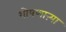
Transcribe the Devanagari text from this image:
शोषणाऱ्या